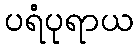
ပရံပုရာယ